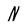
Character: N